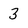
Character: 3